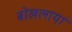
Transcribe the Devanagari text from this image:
बोखलाया